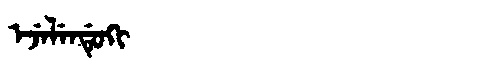
Manchu: ᡝᠵᡝᠯᡝᠨᡩᡠᡴᡳ
Romanization: EJELENDUKI